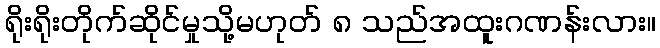
ရိုးရိုးတိုက်ဆိုင်မှုသို့မဟုတ် ၈ သည်အထူးဂဏန်းလား။